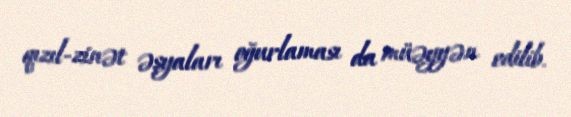
qızıl-zinət əşyaları oğurlaması da müəyyən edilib.